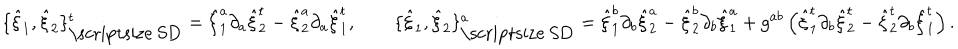
\{ { \hat { \xi } } _ { 1 } , { \hat { \xi } } _ { 2 } \} _ { \mathrm { \scriptsize ~ S D } } ^ { t } = { \hat { \xi } } _ { 1 } ^ { a } \partial _ { a } { \hat { \xi } } _ { 2 } ^ { t } - { \hat { \xi } } _ { 2 } ^ { a } \partial _ { a } { \hat { \xi } } _ { 1 } ^ { t } , \qquad \{ { \hat { \xi } } _ { 1 } , { \hat { \xi } } _ { 2 } \} _ { \mathrm { \scriptsize ~ S D } } ^ { a } = { \hat { \xi } } _ { 1 } ^ { b } \partial _ { b } { \hat { \xi } } _ { 2 } ^ { a } - { \hat { \xi } } _ { 2 } ^ { b } \partial _ { b } { \hat { \xi } } _ { 1 } ^ { a } + g ^ { a b } \left( { \hat { \xi } } _ { 1 } ^ { t } \partial _ { b } { \hat { \xi } } _ { 2 } ^ { t } - { \hat { \xi } } _ { 2 } ^ { t } \partial _ { b } { \hat { \xi } } _ { 1 } ^ { t } \right) .